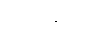
သာဂိကို